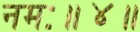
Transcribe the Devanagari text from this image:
नमः॥४॥